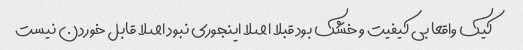
کیک‌ واقعا بی کیفیت و خشک بود قبلا اصلا اینجوری نبود اصلا قابل خوردن نیست